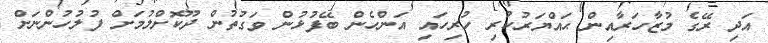
އަދި ރޭގެ މުޒާހަރާއިން ޙައްޔަރުކުރި ހުރިހައި އަންހެން ބޭފުޅުން ވަގުތުން ދޫކޮށްލުމަށް ފުލުހުންނަށް